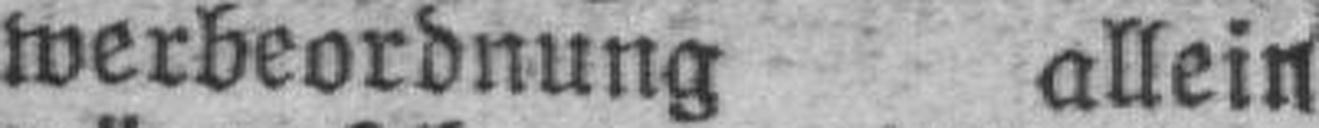
werbeordnung allein